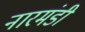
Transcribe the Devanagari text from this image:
नारमंडी